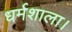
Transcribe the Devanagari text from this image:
धर्मशाला।